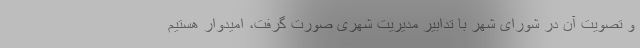
و تصویت آن در شورای شهر با تدابیر مدیریت شهری صورت گرفت، امیدوار هستیم